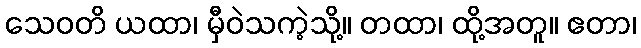
သေဝတိ ယထာ၊ မှီဝဲသကဲ့သို့။ တထာ၊ ထို့အတူ။ ဧတာ၊